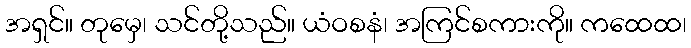
အရှင်။ တုမှေ၊ သင်တို့သည်။ ယံဝစနံ၊ အကြင်စကားကို။ ကထေထ၊